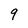
Character: 9